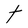
Character: t